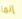
إنما